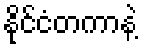
နိုင်ငံတကာနဲ့